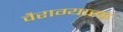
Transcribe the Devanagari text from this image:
वैराग्याला